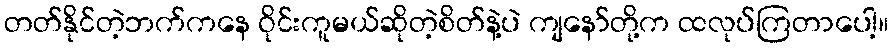
တတ်နိုင်တဲ့ဘက်ကနေ ဝိုင်းကူမယ်ဆိုတဲ့စိတ်နဲ့ပဲ ကျနော်တို့က ထလုပ်ကြတာပေါ့။